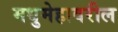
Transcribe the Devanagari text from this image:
मधुमेहावरील